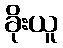
ခိုးယူ